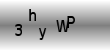
Text: 3hyWP